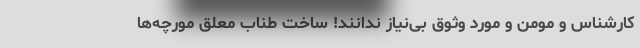
کارشناس و مومن و مورد وثوق بی‌نیاز ندانند! ساخت طناب معلق مورچه‌ها